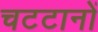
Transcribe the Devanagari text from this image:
चटटानों